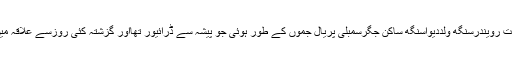
لاش کی شناخت رویندرسنگھ ولددیواسنگھ ساکن جگرسمبلی پریال جموں کے طور ہوئی جو پیشہ سے ڈرائیور تھااور گزشتہ کئی روزسے علاقہ میں درماندہ تھا۔